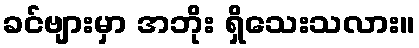
ခင်ဗျားမှာ အဘိုး ရှိသေးသလား။